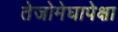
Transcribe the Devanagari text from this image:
तेजोमेघापेक्षा